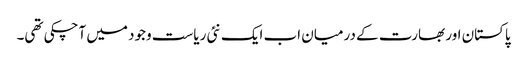
پاکستان اور بھارت کے درمیان اب ایک نئی ریاست وجود میں آچکی تھی۔